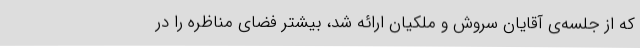
که از جلسه‌ی آقایان سروش و ملکیان ارائه شد، بیشتر فضای مناظره را در